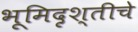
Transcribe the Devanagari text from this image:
भूमिदृश्तीचे